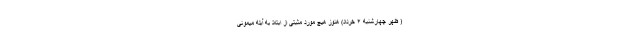
( ظهر چهارشنبه ۴ خرداد) هنوز هیچ مورد مثبتی از ابتلا به آبله میمونی